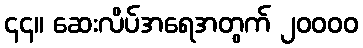
၄၄။ ဆေးလိပ်အရေအတွက် ၂၀၀၀၀